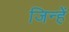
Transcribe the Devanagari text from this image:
जिन्हेें